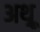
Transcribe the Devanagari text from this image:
अथ़्रू